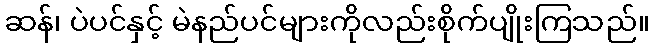
ဆန်၊ ပဲပင်နှင့် မဲနည်ပင်များကိုလည်းစိုက်ပျိုးကြသည်။